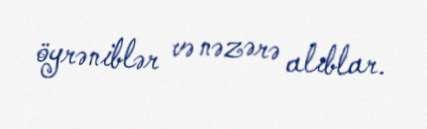
öyrəniblər və nəzərə alıblar.